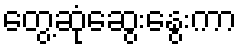
တွေ့ဆုံဆွေးနွေးကာ